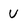
Character: U